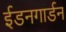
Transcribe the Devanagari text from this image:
ईडनगार्डन